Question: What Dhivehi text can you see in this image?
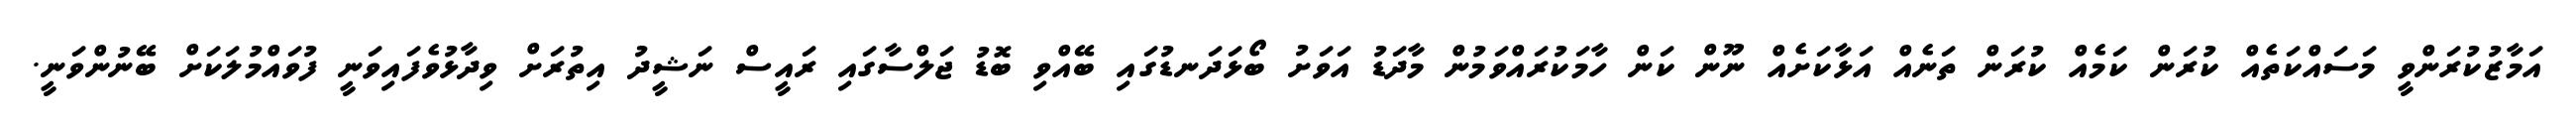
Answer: އަމާޒުކުރަންވީ މަސައްކަތެއް ކުރަން ކަމެއް ކުރަން ތަނެއް އަޅާކަށެއް ނޫން ކަން ހާމަކުރައްވަމުން މާދަޑު އަވަށު ބޯޅަދަނޑުގައި ބޭއްވި ބޮޑު ޖަލްސާގައި ރައީސް ނަޝީދު އިތުރަށް ވިދާޅުވެފައިވަނީ ފުވައްމުލަކަށް ބޭނުންވަނީ.